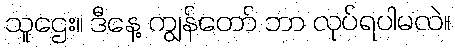
သူဌေး။ ဒီနေ့ ကျွန်တော် ဘာ လုပ်ရပါမလဲ။